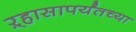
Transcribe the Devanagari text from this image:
ऱ्हासापर्यंतच्या